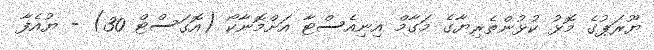
ޔޫރަޕުގެ މޮޅު ކުޅުންތެރިޔާގެ މަގާމް އިނިއެސްޓާ އަށްމޮނާކޯ (އޮގަސްޓް 30) - ޔުއެފާ